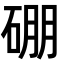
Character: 硼